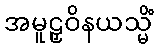
အမူဠှဝိနယသ္မိံ